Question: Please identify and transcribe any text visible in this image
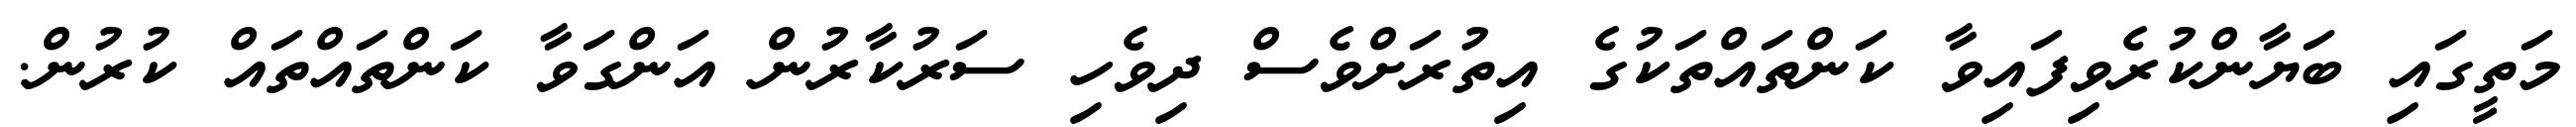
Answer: މަތީގައި ބަޔާންކުރެވިފައިވާ ކަންތައްތަކުގެ އިތުރަށްވެސް ދިވެހި ސަރުކާރުން އަންގަވާ ކަންތައްތައް ކުރުން.